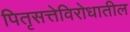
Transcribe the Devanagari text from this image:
पितृसत्तेविरोधातील